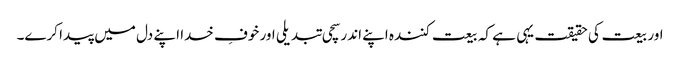
اور بیعت کی حقیقت یہی ہے کہ بیعت کنندہ اپنے اندر سچی تبدیلی اور خوفِ خدا اپنے دل میں پیدا کرے۔